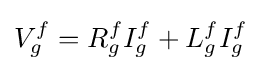
V_{g}^{f}=R_{g}^{f}I_{g}^{f}+L_{g}^{f}I_{g}^{f}